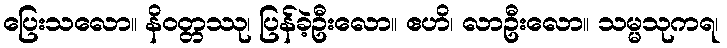
ပြေးသလော။ နိဝတ္တဿု၊ ပြန်ခဲ့ဦးလော။ ဧဟိ၊ လာဦးလော။ သမ္မသုကရ၊